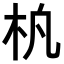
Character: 𬂢